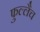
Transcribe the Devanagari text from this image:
फुल्लैच